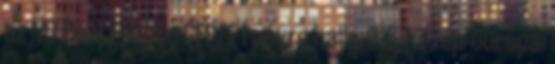
az M7 Real Estate CEREF I névre hallgató, közép-európai